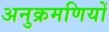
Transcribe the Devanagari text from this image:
अनुक्रमणियों